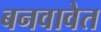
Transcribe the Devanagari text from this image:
बनवावेत